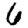
Digit: 6